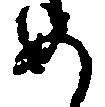
め